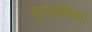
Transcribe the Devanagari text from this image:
घृताचीच्या